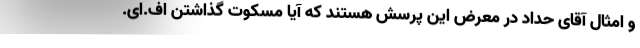
و امثال آقای حداد در معرض این پرسش هستند که آیا مسکوت گذاشتن اف.ای.